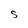
Character: S